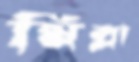
মিল্লা